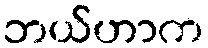
ဘယ်ဟာက